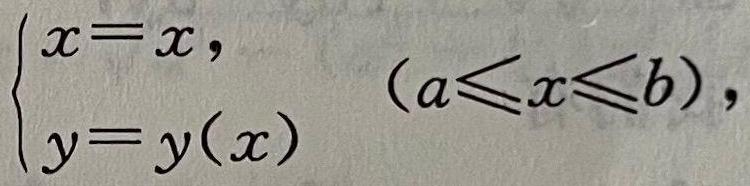
$\begin{cases}
x = x, \\
y = y(x)
\end{cases}\quad (a\leqslant x\leqslant b),$